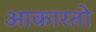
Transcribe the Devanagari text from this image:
आकारतो